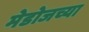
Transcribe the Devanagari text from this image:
मेडोजच्या